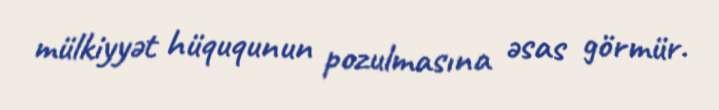
mülkiyyət hüququnun pozulmasına əsas görmür.